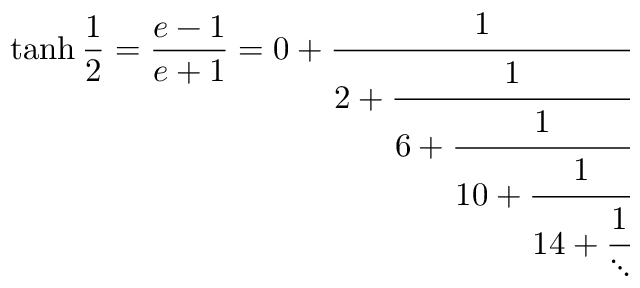
\operatorname { t a n h } { \frac { 1 } { 2 } } = { \frac { e - 1 } { e + 1 } } = 0 + { \cfrac { 1 } { 2 + { \cfrac { 1 } { 6 + { \cfrac { 1 } { 1 0 + { \cfrac { 1 } { 1 4 + { \cfrac { 1 } { \ddots } } } } } } } } } }